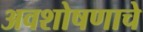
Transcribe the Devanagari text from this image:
अवशोषणाचे